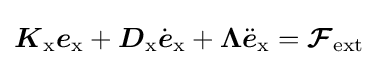
{\boldsymbol {K}}_{\mathrm {x} }{\boldsymbol {e}}_{\mathrm {x} }+{\boldsymbol {D}}_{\mathrm {x} }{\dot {\boldsymbol {e}}}_{\mathrm {x} }+{\boldsymbol {\Lambda }}{\ddot {\boldsymbol {e}}}_{\mathrm {x} }={\boldsymbol {\mathcal {F}}}_{\mathrm {ext} }